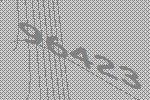
96423